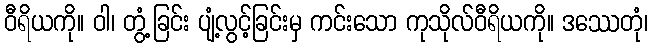
ဝီရိယကို။ ဝါ၊ တွံ့ခြင်း ပျံ့လွင့်ခြင်းမှ ကင်းသော ကုသိုလ်ဝီရိယကို။ ဒဿေတုံ၊